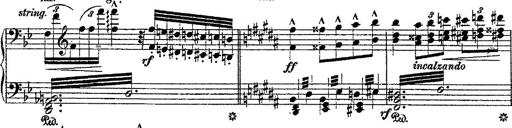
Title: Fantaisie romantique sur deux mÃ©lodies suisses
Composer: Franz Liszt